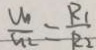
\frac { U _ { 1 } } { U _ { 2 } } = \frac { R _ { 1 } } { R _ { 2 } }